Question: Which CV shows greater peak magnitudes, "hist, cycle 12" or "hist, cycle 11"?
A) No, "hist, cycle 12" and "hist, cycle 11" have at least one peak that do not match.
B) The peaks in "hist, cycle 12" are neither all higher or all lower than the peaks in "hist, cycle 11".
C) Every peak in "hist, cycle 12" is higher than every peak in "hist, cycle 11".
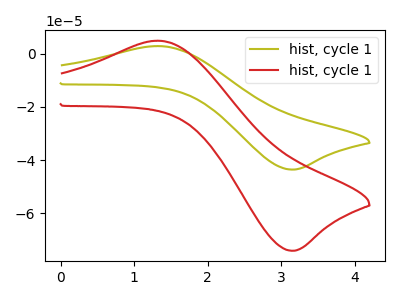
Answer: <think>The olive curve "hist, cycle 11" has an anodic peak at (1.30V, 2.90uA) and a cathodic peak at (3.15V, -43.55uA). The red curve "hist, cycle 12" has an anodic peak at (1.30V, 4.90uA) and a cathodic peak at (3.15V, -74.10uA).</think>
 <answer>C) Every peak in "hist, cycle 12" is higher than every peak in "hist, cycle 11".</answer>
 <eval>C</eval>